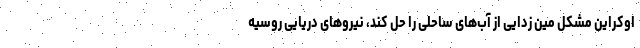
اوکراین مشکل مین زدایی از آب‌های ساحلی را حل کند، نیروهای دریایی روسیه